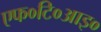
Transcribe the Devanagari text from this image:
एफ०टि०आइ०